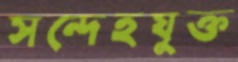
সন্দেহযুক্ত